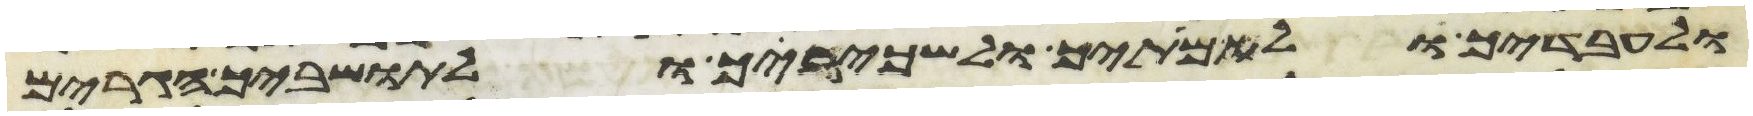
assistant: ולעבדיך ולאמתיך ולשכיריך ולתושביך הגרים